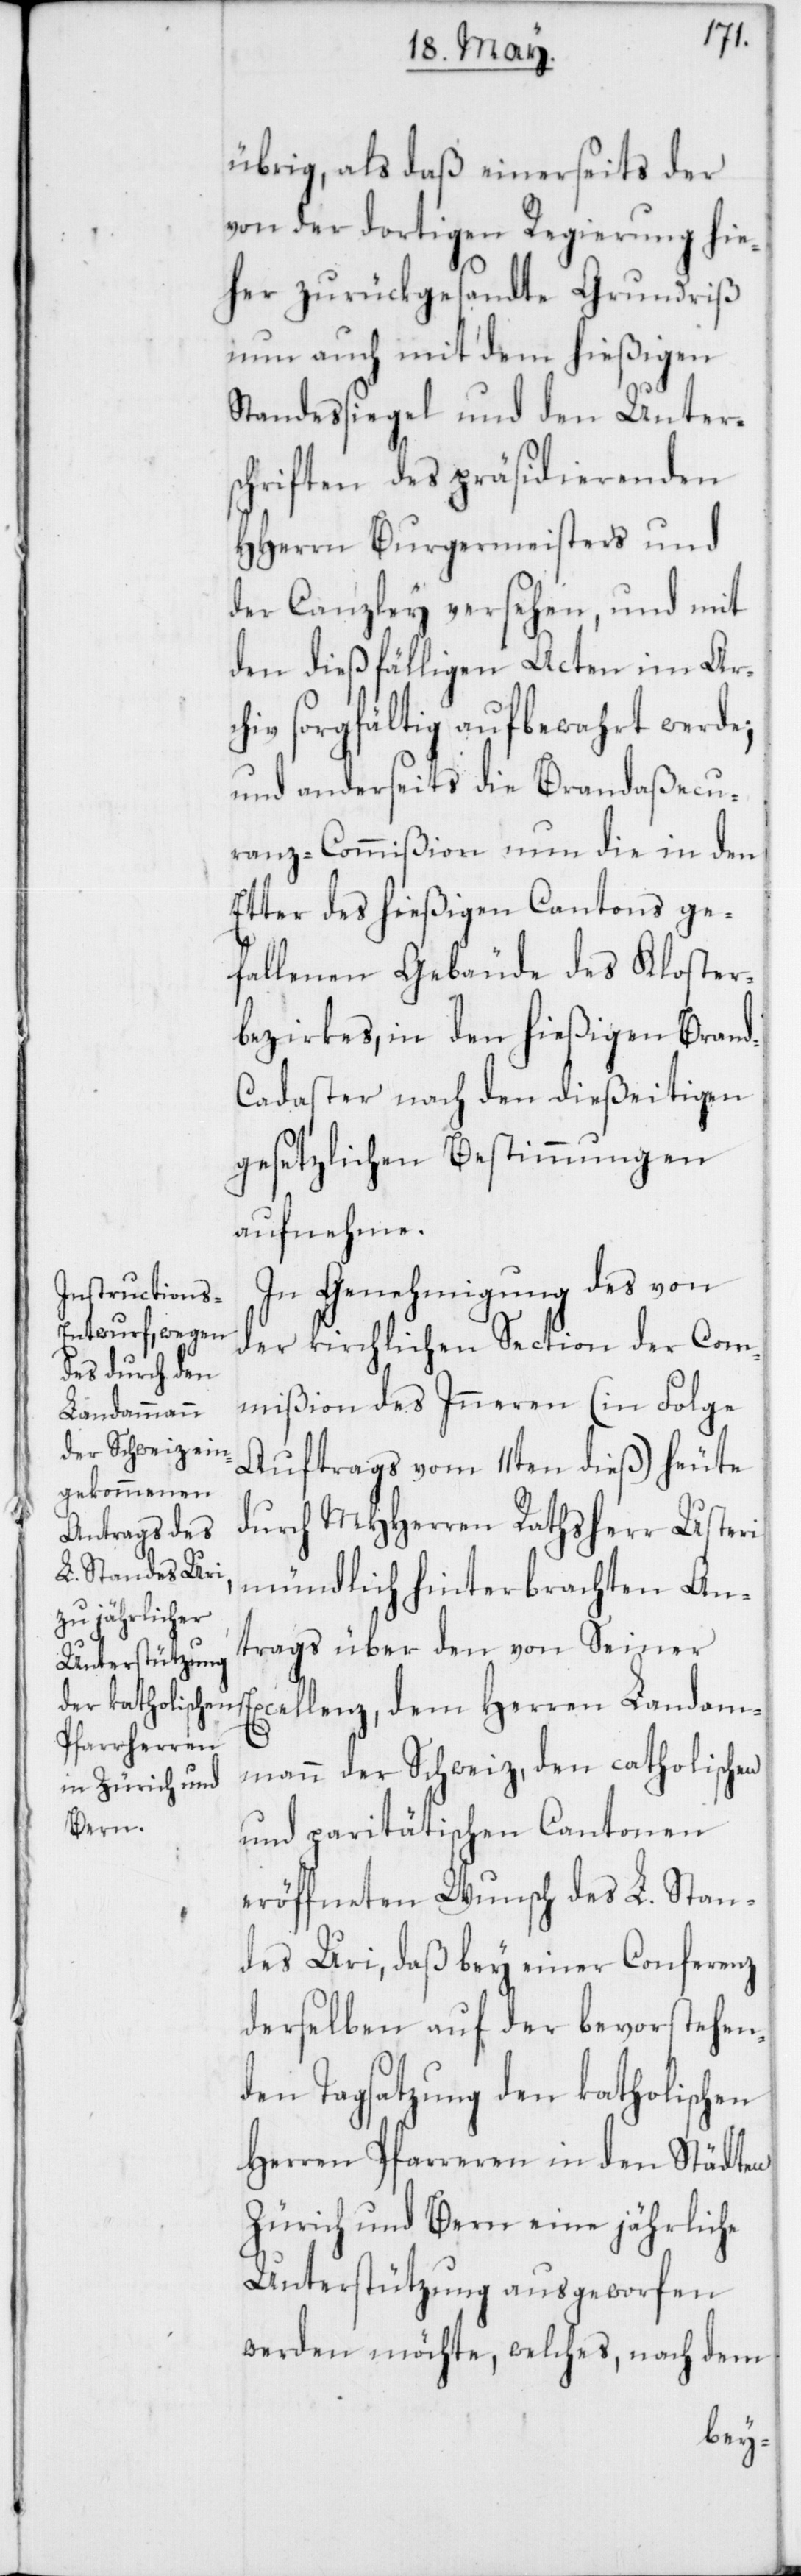
übrig, als daß einerseits der
von der dortigen Regierung hie¬
her zurückgesandte Grundriß
nun auch mit dem hießigen
Standessiegel und den Unter¬
schriften des präsidierende
HHerrn Burgermeisters und
der Canzley versehen, und mit
den dießfälligen Acten im Arc¬
hiv sorgfältig aufbewahrt werde;
und anderseits die Brandaßecu¬
ranz-Commißion nun die in den
Etter des hießigen Cantons ge¬
fallenen Gebäude des Kloster¬
bezirks, in den hießigen Bran¬
d-Cadaster nach den dießeitigen
gesetzlichen Bestimmungen
aufnehme.
In Genehmigung des von
der kirchlichen Section der Com¬
mißion des Inneren (in Folge
Auftrags vom 11ten dieß) heute
durch MHHerren Rathsherr Usteri
mündlich hinterbrachten An¬
trags über den von Seiner
Excellenz, dem Herren Landam¬
mann der Schweiz, den catholischen
und paritätischen Cantonen
eröffneten Wunsch des L. Stan¬
des Uri, daß bey einer Conferenz
derselben auf der bevorstehen¬
den Tagsatzung den katholischen
Herren Pfarreren in den Städten
Zürich und Bern eine jährliche
Unterstützung ausgeworfen
werden möchte, welches, nach dem